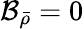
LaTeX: \mathcal{B}_{\bar{\rho}}=0